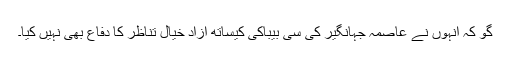
گو کہ انہوں نے عاصمہ جہانگیر کی سی بیباکی کیساتھ آزاد خیال تناظر کا دفاع بھی نہیں کیا۔